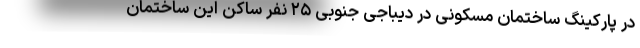
در پارکینگ ساختمان مسکونی در دیباجی جنوبی ۲۵ نفر ساکن این ساختمان